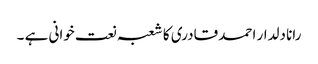
رانا دلدار احمد قادری کا شعبہ نعت خوانی ہے ۔